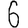
Digit: 6